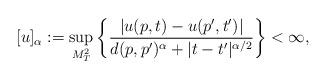
LaTeX: \begin{align*} [u]_{\alpha} := \sup_{M^2_T} \left\{ \dfrac{|u(p,t)-u(p',t')|}{d(p,p')^{\alpha}+|t-t'|^{\alpha/2}}\right\} < \infty,\end{align*}